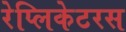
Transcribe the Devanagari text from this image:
रेप्लिकेटरस